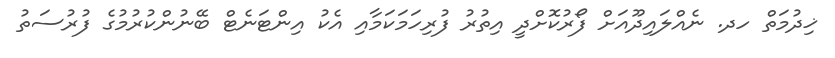
ޚިދުމަތް ހދ. ނެއްލައިދޫއަށް ފޯރުކޮށްދީ އިތުރު ފުރިހަމަކަމާއި އެކު އިންޓަނެޓް ބޭނުންކުރުމުގެ ފުރުސަތު